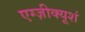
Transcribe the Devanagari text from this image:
एग्ज़ीक्यूशं